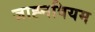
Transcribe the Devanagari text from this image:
जाह्नवियम